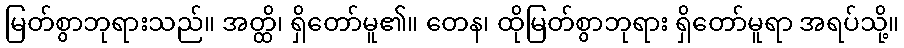
မြတ်စွာဘုရားသည်။ အတ္ထိ၊ ရှိတော်မူ၏။ တေန၊ ထိုမြတ်စွာဘုရား ရှိတော်မူရာ အရပ်သို့။